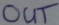
Text: OUT